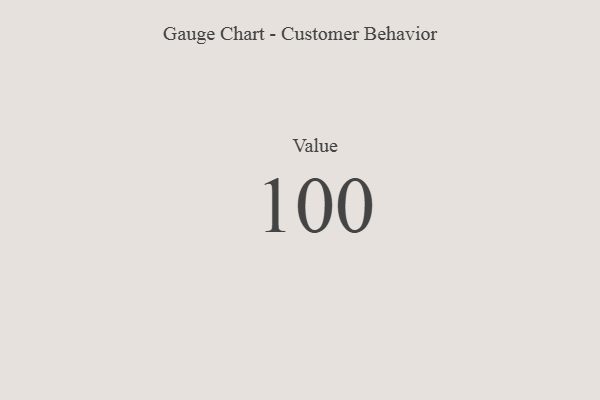
{"axis": {"x": "Metric", "y": "Value"}, "legend": [""], "data": [{"x": "Value", "y": 100, "type": ""}]}